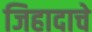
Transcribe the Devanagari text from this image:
जिहादाचे